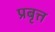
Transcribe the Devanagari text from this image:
प्रबृत्त